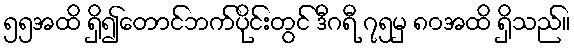
၅၅အထိ ရှိ၍တောင်ဘက်ပိုင်းတွင် ဒီဂရီ ၇၅မှ ၈၀အထိ ရှိသည်။